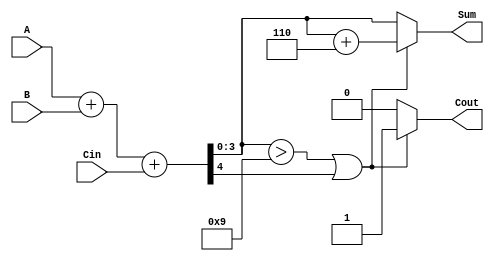
module BCD_Adder (
    input  [3:0] A,      // First BCD digit
    input  [3:0] B,      // Second BCD digit
    input        Cin,     // Carry-in
    output reg [3:0] Sum, // BCD sum output
    output reg Cout       // Carry-out
);

    wire [4:0] temp_sum; // 5-bit temporary sum to hold A + B + Cin
    wire correction_needed; // Flag to indicate if correction is needed

    // Step 1: Perform the addition of A, B, and Cin
    assign temp_sum = A + B + Cin;

    // Step 2: Check if correction is needed
    assign correction_needed = (temp_sum[3:0] > 4'b1001) || temp_sum[4];

    // Step 3: Generate the final Sum and Cout
    always @(*) begin
        if (correction_needed) begin
            Sum = temp_sum + 5'b00110; // Add 6 to correct the BCD
            Cout = 1;                  // Set carry-out
        end else begin
            Sum = temp_sum[3:0];       // No correction needed
            Cout = 0;                  // No carry-out
        end
    end

endmodule